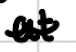
Text: at
Cross-out: wave
Writing tool: digital_black